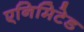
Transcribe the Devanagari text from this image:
एनिमिटेड